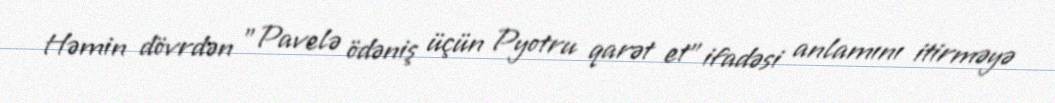
Həmin dövrdən "Pavelə ödəniş üçün Pyotru qarət et" ifadəsi anlamını itirməyə